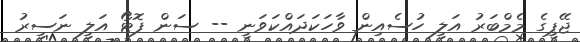
ޖޭޕީގެ މެމްބަރު އަލީ ހުސެއިން ވާހަކަދައްކަވަނީ -- ސަން ފޮޓޯ އަލީ ނަސީރު